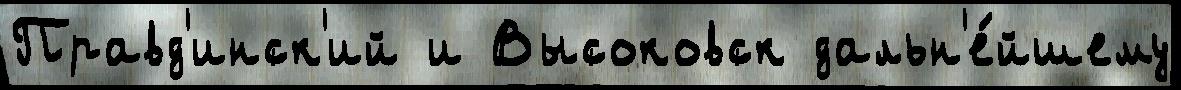
Правд'инск'ий и Высоковск дальн'е́йшему